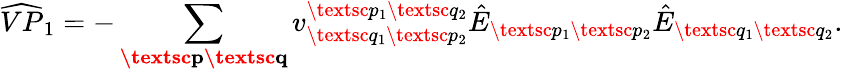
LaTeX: \widehat{VP}_{1}=-\sum_{\textbf{\textsc{p}}\textbf{\textsc{q}}}{v}_{\textsc{q}_{1}\textsc{p}_{2}}^{\textsc{p}_{1}\textsc{q}_{2}}\hat{E}_{\textsc{p}_{1}\textsc{p}_{2}}\hat{E}_{\textsc{q}_{1}\textsc{q}_{2}}.